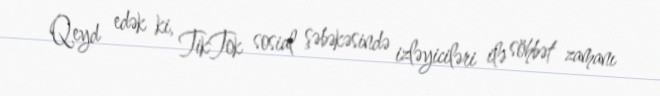
Qeyd edək ki, TikTok sosial şəbəkəsində izləyiciləri ilə söhbət zamanı